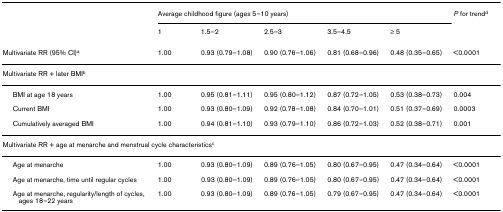
<table><thead><tr><td></td><td colspan="5"><b>Average childhood figure (ages 5–10 years)</b></td><td><b><i>P </i>for trend<sup>d</sup></b></td></tr><tr><td></td><td><b>1</b></td><td><b>1.5–2</b></td><td><b>2.5–3</b></td><td><b>3.5–4.5</b></td><td><b>≥ 5</b></td><td></td></tr></thead><tbody><tr><td>Multivariate RR (95% CI)<sup>a</sup></td><td>1.00</td><td>0.93 (0.79–1.08)</td><td>0.90 (0.76–1.06)</td><td>0.81 (0.68–0.96)</td><td>0.48 (0.35–0.65)</td><td>&lt;0.0001</td></tr><tr><td colspan="7">Multivariate RR + later BMI<sup>b</sup></td></tr><tr><td> BMI at age 18 years</td><td>1.00</td><td>0.95 (0.81–1.11)</td><td>0.95 (0.80–1.12)</td><td>0.87 (0.72–1.05)</td><td>0.53 (0.38–0.73)</td><td>0.004</td></tr><tr><td> Current BMI</td><td>1.00</td><td>0.93 (0.80–1.09)</td><td>0.92 (0.78–1.08)</td><td>0.84 (0.70–1.01)</td><td>0.51 (0.37–0.69)</td><td>0.0003</td></tr><tr><td> Cumulatively averaged BMI</td><td>1.00</td><td>0.94 (0.81–1.10)</td><td>0.93 (0.79–1.10)</td><td>0.86 (0.72–1.03)</td><td>0.52 (0.38–0.71)</td><td>0.001</td></tr><tr><td colspan="7">Multivariate RR + age at menarche and menstrual cycle characteristics<sup>c</sup></td></tr><tr><td> Age at menarche</td><td>1.00</td><td>0.93 (0.80–1.09)</td><td>0.89 (0.76–1.05)</td><td>0.80 (0.67–0.95)</td><td>0.47 (0.34–0.64)</td><td>&lt;0.0001</td></tr><tr><td> Age at menarche, time until regular cycles</td><td>1.00</td><td>0.93 (0.80–1.09)</td><td>0.89 (0.76–1.05)</td><td>0.80 (0.67–0.95)</td><td>0.47 (0.34–0.64)</td><td>&lt;0.0001</td></tr><tr><td> Age at menarche, regularity/length of cycles, ages 18–22 years</td><td>1.00</td><td>0.93 (0.80–1.09)</td><td>0.89 (0.76–1.05)</td><td>0.79 (0.67–0.95)</td><td>0.47 (0.34–0.64)</td><td>&lt;0.0001</td></tr></tbody></table>